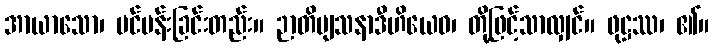
အာယာသော၊ ပင်ပန်းခြင်းတည်း။ ဉာတိဗျသနာဒီဟိယေဝ၊ တို့ဖြင့်သာလျှင်။ ဖုဋ္ဌဿ၊ ၏။